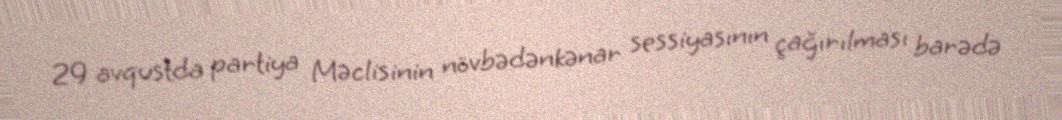
29 avqustda partiya Məclisinin növbədənkənar sessiyasının çağırılması barədə